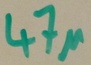
Text: 47µ